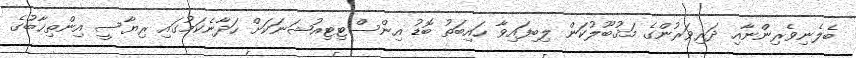
ބެލެނިވެރިންނާއި ދަރިވަރުންގެ މަޤުބޫލުކަން ލިބިފައިވާ ހައިބަތު ބޮޑު އިންސްޓިޓިއުޝަނަކަށް ހަދާނެކަމުގައި ރިޔާސީ އިންތިޚާބުގެ